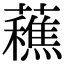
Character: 䕴